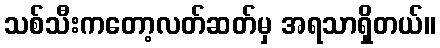
သစ်သီးကတော့လတ်ဆတ်မှ အရသာရှိတယ်။